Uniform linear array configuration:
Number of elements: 16
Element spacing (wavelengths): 0.25
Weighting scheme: cosine
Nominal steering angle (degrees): -45
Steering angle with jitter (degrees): -45.667
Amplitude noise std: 0.05
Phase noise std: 0.05

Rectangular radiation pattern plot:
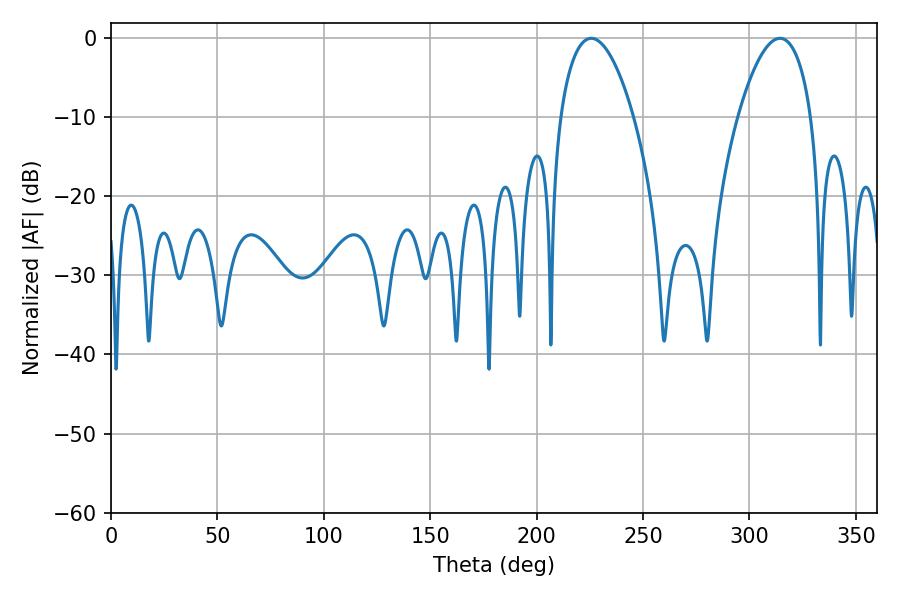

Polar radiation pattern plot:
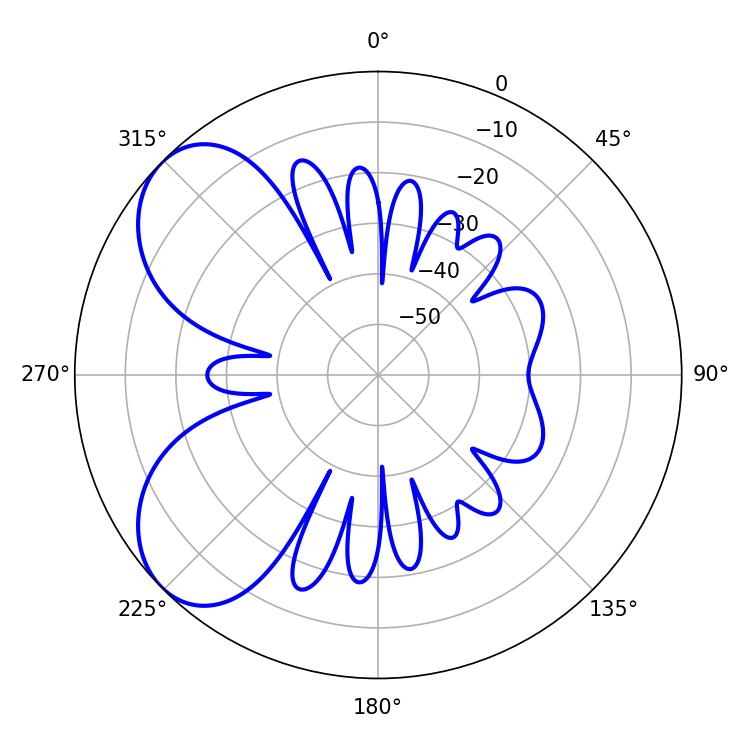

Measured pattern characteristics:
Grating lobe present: FALSE
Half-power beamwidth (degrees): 19.26
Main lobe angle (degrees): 225.72